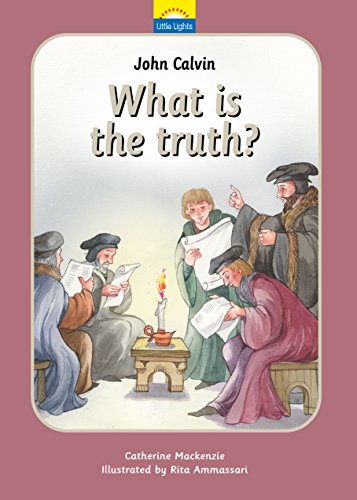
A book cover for John Calvin: What is the truth? (Little Lights); Catherine MacKenzie; Children's Books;